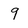
Character: 9